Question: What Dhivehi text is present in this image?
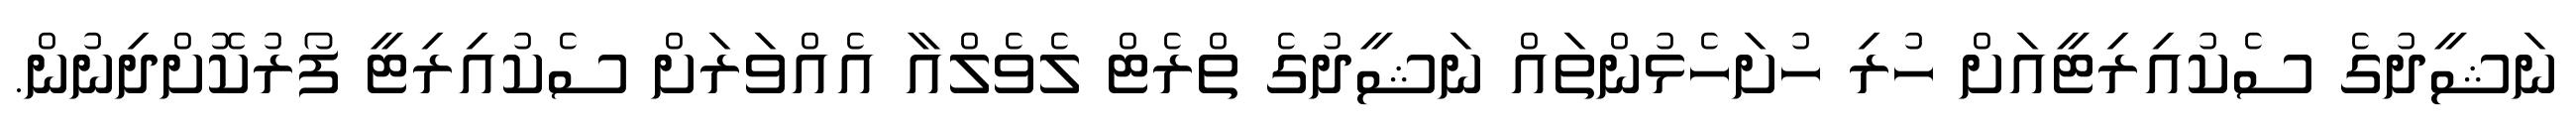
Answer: ނަޝީދުގެ ސެކުއިރިޓީއަށް ހުރި ހުށަހެޅުންތައް ނަޝީދުގެ ތްރެޓް ލެވެލްއާ އެއްވަރަށް ސެކުއިރިޓީ ފޯރުކޮށްދިނުން.